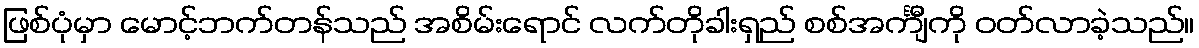
ဖြစ်ပုံမှာ မောင့်ဘက်တန်သည် အစိမ်းရောင် လက်တိုခါးရှည် စစ်အင်္ကျီကို ဝတ်လာခဲ့သည်။